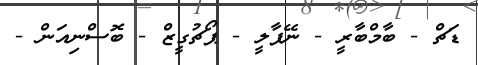
ޑަޗް - ބާމްބާރީ - ނޭޕާލީ - ޕޯޗުގީޒް - ބޮސްނިއަން -